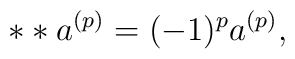
* *a^{(p)} = (-1)^p a^{(p)},